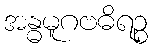
အန္ဓမူဂဗဓိရဉ္စ